Civil Veterinary Department Bengal reports 1923-33 - 1923-1933
Year: 1923
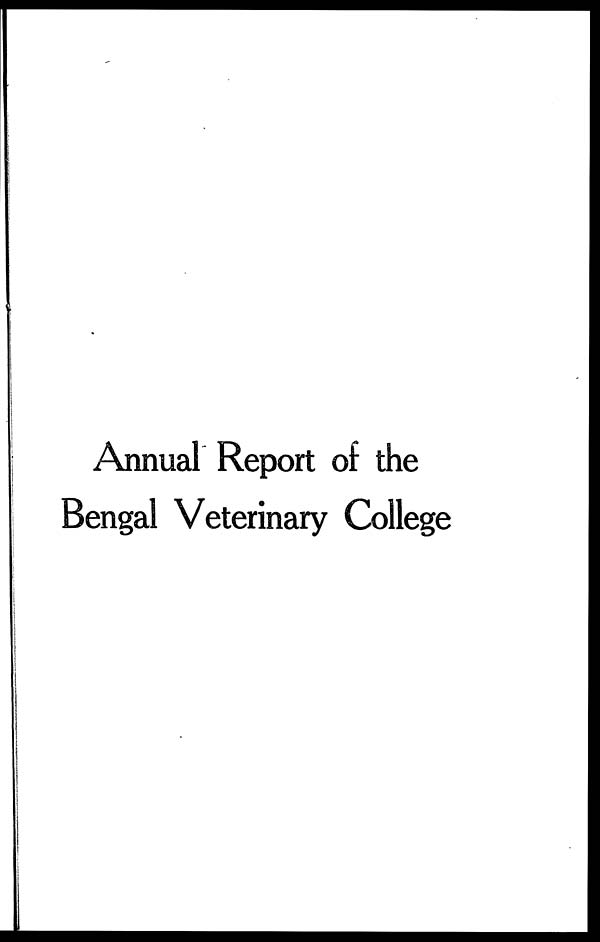
Annual Report of the
Bengal Veterinary College